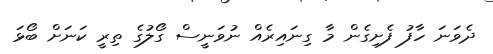
ދެވަނަ ހާފު ފެށިގެން މާ ގިނައިރެއް ނުވަނީސް ގޯލުގެ ތިރީ ކަނަށް ބޯޅަ